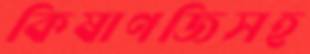
কিষাণজিসহ